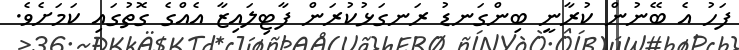
ފަހު އެ ބޭނުން ކުރާނީ ބިންގަނޑު ރަނގަޅުކުރަން ފާޓިލައިޒާ އެއްގެ ގޮތުގައި ކަމަށެވެ.